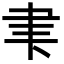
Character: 𮌁